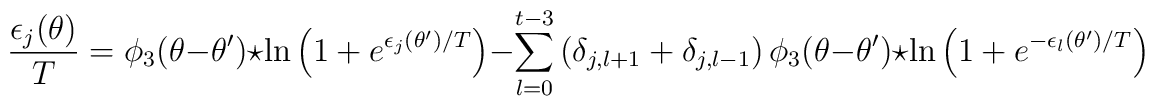
{\epsilon_j(\theta)\over T}=\phi_{3}(\theta-\theta')\star \ln\left(1+e^{\epsilon_j(\theta')/T}\right)-\sum_{l=0}^{t-3}  \left(\delta_{j,l+1}+\delta_{j,l-1}\right)\phi_{3}(\theta-\theta')\star\ln\left(1+e^{-\epsilon_l(\theta')/T}\right)